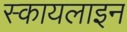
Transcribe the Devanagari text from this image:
स्कायलाइन